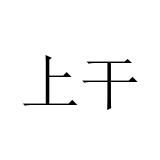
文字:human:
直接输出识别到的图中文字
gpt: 上干